Maemoisa_(Sinalepa)_vallavalitsus, lk 54
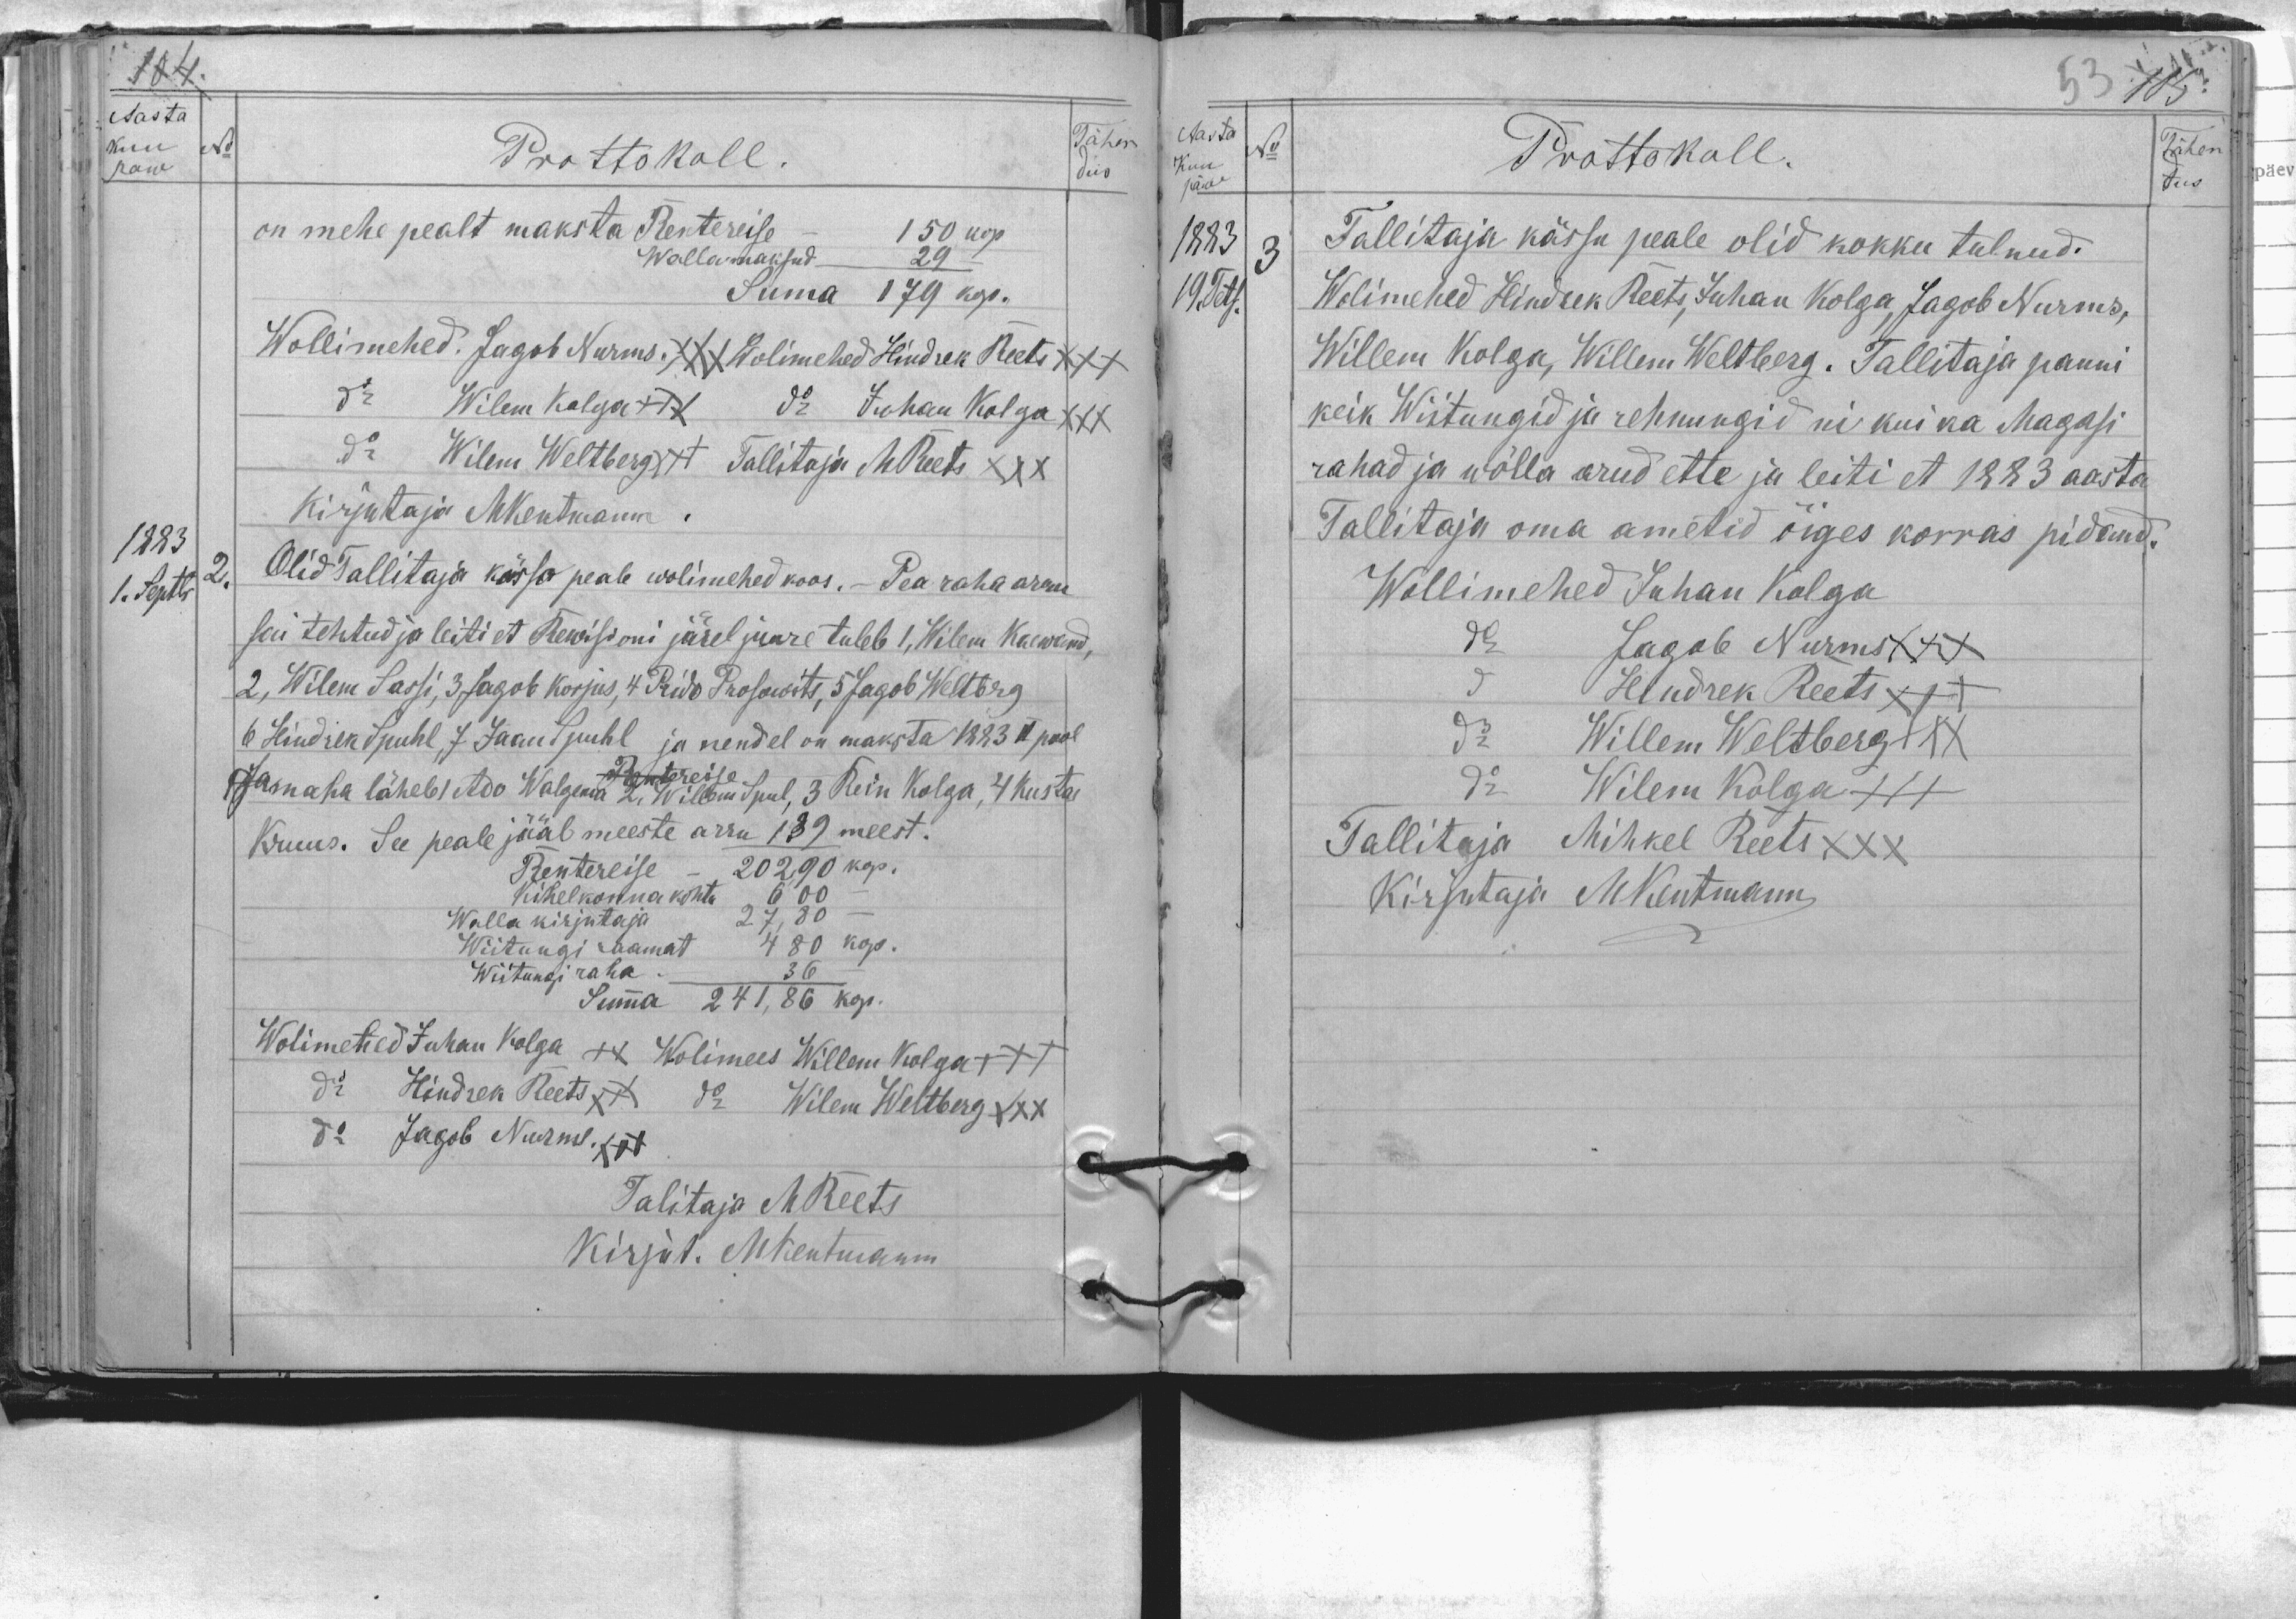
Aasta
kuu
paw
No
Prottokoll.
Tähen
dus
on mehe pealt maksta Rentereise - 150 kop
Wallamaksud 29
Suma 179 kop.
Wollimehed. Jagob Nurms XXX Wolimehed Hindrek Reets XXX
do Wilem Kolga - XXX do Juhan Kolga XXXX
do Wilem Weltberg XXX Tallitaja MReets XXX
Kirjutaja MKentmann.
1883
1. Septbr
2.
Olid Tallitaja kässo peale wolimehed koos. - Pea raha arwu
sai tehtud ja leiti et Rewisioni järel juure tuleb 1, Wilem Kaewand,
2, Wilem Sassi, 3. Jagob Korjus, 4 Prido Prosowits, 5 Jagob Weltbrg
6 Hindrek Spuhl, 7 Jaan Spuhl ja nendel on maksta 1883 II pool
Rentereise
Pareaha läheb I Ado Walgema 2. Willem Spul, 3 Rein Kolga, 4 Kustas
Kruus. See peale jääb meeste arru 139 meest.
Rentereise - 202,90 kop.
Kihelkonna kohtu 6,00
Walla kirjutaja 27,80 kop.
Wiitungi raamat 480 kop.
Wiitungi raha 36
Summa 241,86 kop.
Wolimehed Juhan Kolga ++ Wolimees Willem Kolga +++
do Hindrek Reets XXX do Wilem Weltberg XXX
do Jagob Nurms XXX
Talitaja M Reets
kirjut. M Kentmann

Aasta
No
Prottokoll
Tähen
dus
1883
3
Tallitaja kässu peale olid kokku tulnud.
19. Tets.
Wolimehed Hindrek Reets, Juhan Kolga, Jagob Nurms,
Willem Kolga, Willem Weltberg. Tallitaja panni
keik Wiitungid ja rehnungid ni kui ka Magasi
rahad ja wõlla arud ette ja leiti et 1883 aasta
Tallitaja oma ametid õiges korras pidand.
Wollimehed Juhan Kolga
do Jagob Nurms XXX
do Hindrek Reets XXX
do Willem Weltberg XXX
do Wilem Kolga XXX
Tallitaja Mihkel Reets XXX
Kirjutaja MKentmann